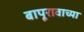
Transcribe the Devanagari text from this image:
बापूरावाच्या